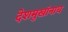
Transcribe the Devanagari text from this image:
देशमुखांनाच